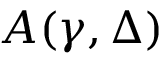
A ( \gamma , \Delta )